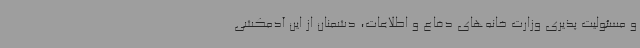
و مسئولیت پذیری وزارت خانه‌های دفاع و اطلاعات، دشمنان از این آدمکشی